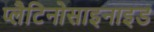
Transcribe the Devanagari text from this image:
प्लैटिनोसाइनाइड